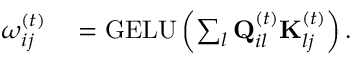
\begin{array} { r l } { \boldsymbol { \omega } _ { i j } ^ { ( t ) } } & { { } = \mathrm { G E L U } \left( \sum _ { l } \mathbf { Q } _ { i l } ^ { ( t ) } \mathbf { K } _ { l j } ^ { ( t ) } \right) . } \end{array}